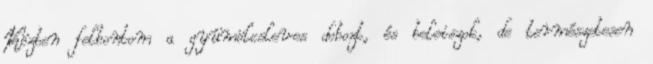
Közben felbontom a gyümölcsleves dobozt, és beleiszok, de természetesen